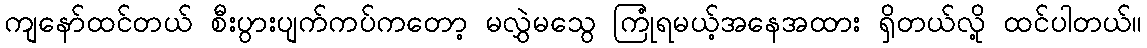
ကျနော်ထင်တယ် စီးပွားပျက်ကပ်ကတော့ မလွှဲမသွေ ကြုံရမယ့်အနေအထား ရှိတယ်လို့ ထင်ပါတယ်။